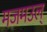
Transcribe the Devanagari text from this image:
मजमउल्